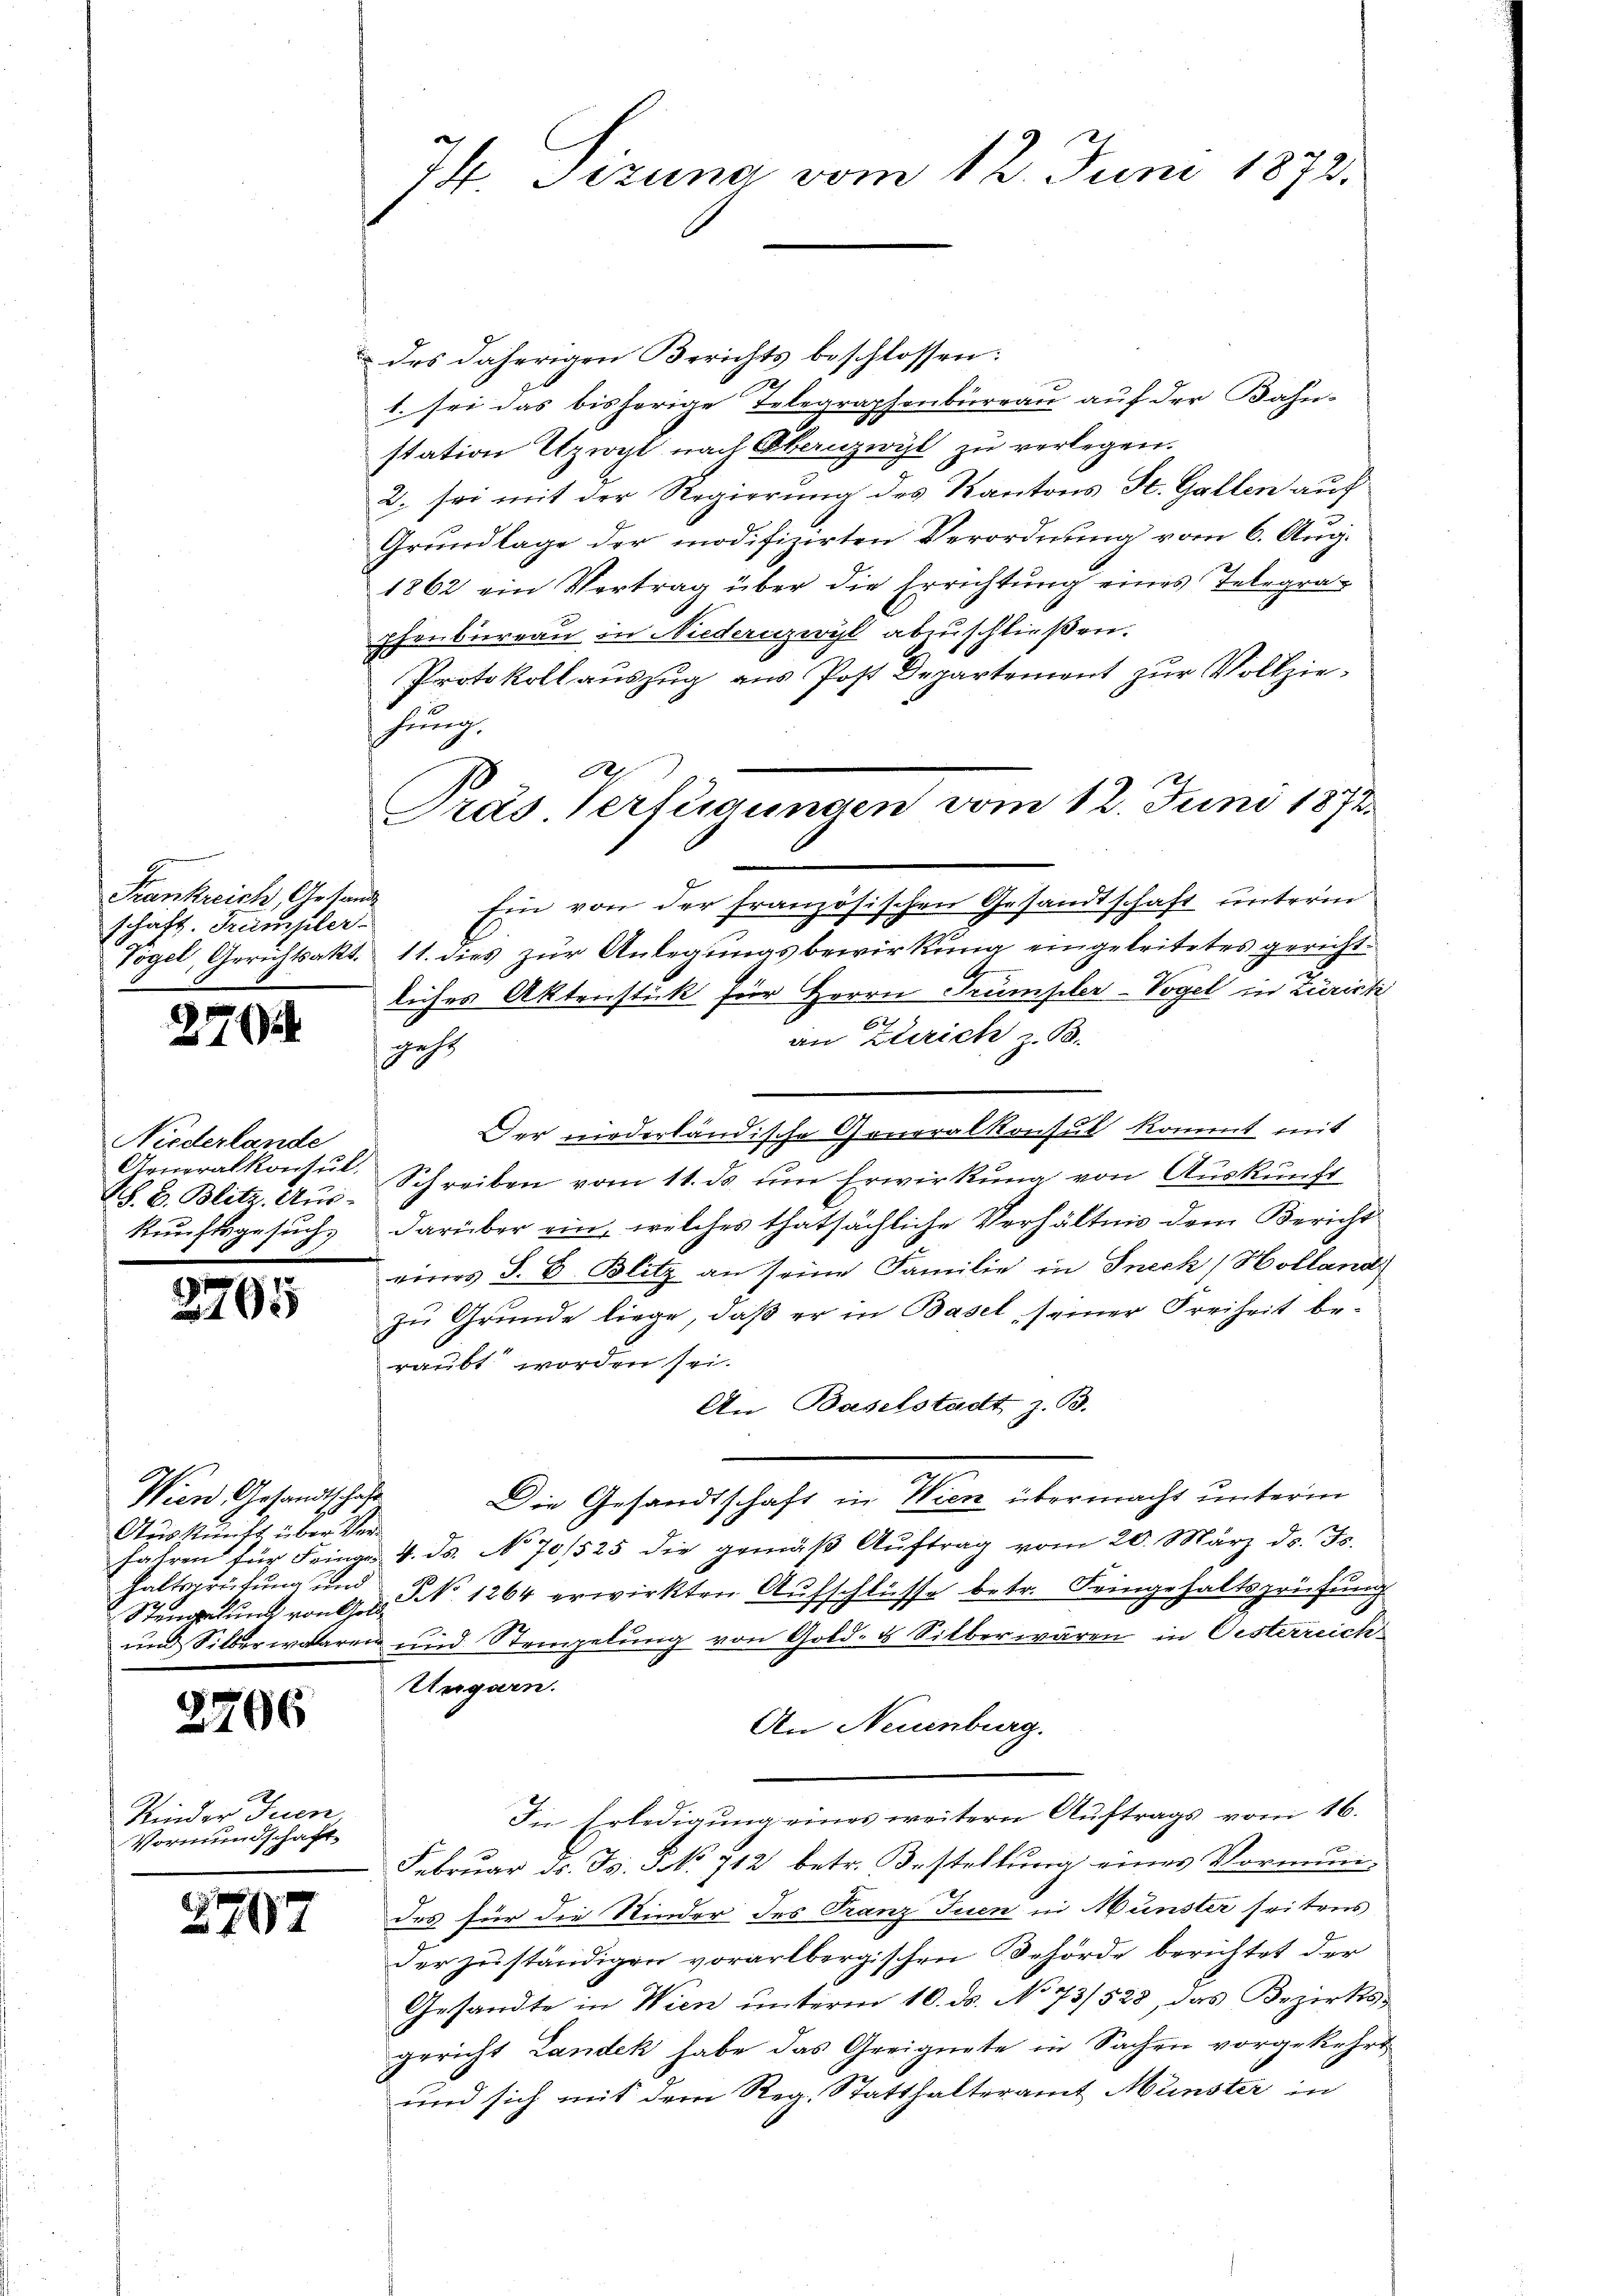
Frankreich, Gesandt
schaft. Kumpler

2776

Niederlande
Aeneralkonsul
SS. B. Blitz. Auskunftsgesuch,

d

2765

Wien Gesandtschaft
Auskunft über Verhaltsprüfung und

2706

Kinder Juen,
Vormundschaft

2797

74. Sizung vom 12. Juni 1872.

des daherigen Berichts beschlossen:
2
1. sei das bisherige Telegraphenbureau auf der Bahn-
station Etzwyl nach Obernzwyl zu verlegen.
2. sei mit der Regierung des Kantons St. Gallen auf
Grundlage der modifizirten Verordnung vom 6. Aug.
1862 ein Vertrag über die Errichtung eines Telegraphenbureau in Niedernzwyl abzuschließen.
Protokoll auszug aus Post Departement zur Vollziehrung
Ein von der französischen Gesandtschaft unterm
Vogel, Gerichtsakt. 11. dies zur Anlegungsbewirkung eingeleitetes gericht
liches Aktenstück für Herrn Trumpler-Vogel in Zürich
2
an Zürich z. B.
gehe
Der niederländische Goneralkonsul kommt mit
Schreiben vom 11. ds um Erwirkung von Auskunft
darüber ein, welches thatsächliche Verhältnis dem Bericht
eines S. B. Blitz an seine Familie in Sneck (Holland
zŭ Grŭnde liege, daβ er in Basel seiner Freiheit be-
raubt worden sei.
An Baselstadt z. B.
Die Gesandtschaft in Wien übermacht unterm
fahren für Fringe 4. ds. No 70/525 die gemäß Auftrag vom 20. März ds. Fs.
Stengelung von No. 1264 erwirkten Aufschlüsse betr. Feingehaltsprüfung
und Silberwaaren und Stempelung von Gold- & Silber waren in Oesterreich
Ungarn.
An Neuenburg.
Die Erledigung eines weitern Auftrags vom 16.
Febrŭar ds. Js. No 712 betr. Bestellŭng eines Vormun
des für die Kinder des Franz Juen in Münster seitens
der zuständigen vorarlbergischen Behörde berichtet der
Gesandte in Wien unterm 10. ds. No 73/528, das Bezirksgericht Landek habe das Greignete in Sachen vorgekehrt
und sich mit dem Reg. Statthalteramt Münster in

.
Pras Verfügungen vom 12. Juni 1872.